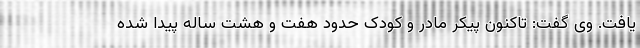
یافت. وی گفت: تاکنون پیکر مادر و کودک حدود هفت و هشت ساله پیدا شده